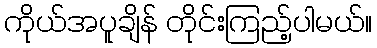
ကိုယ်အပူချိန် တိုင်းကြည့်ပါမယ်။